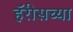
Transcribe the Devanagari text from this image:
हॅरीसच्या